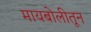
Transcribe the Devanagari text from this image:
मायबोलीतून